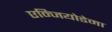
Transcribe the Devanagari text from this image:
एन्जियोडेमा